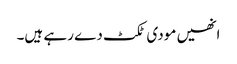
انھیں مودی ٹکٹ دے رہے ہیں۔